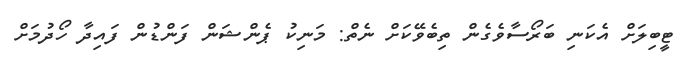
ޓީބިލަށް އެކަނި ބަރޯސާވެގެން ތިބެވޭކަަށް ނެތް: މަނިކު ޕެންޝަން ފަންޑުން ފައިދާ ހޯދުމަށް